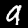
Label: 9